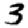
Digit: 3